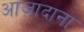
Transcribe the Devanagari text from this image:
आज़ादाना